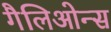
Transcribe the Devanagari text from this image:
गैलिओन्स